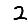
Digit: 2